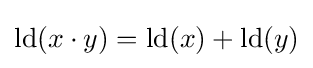
\operatorname {ld} (x\cdot y)=\operatorname {ld} (x)+\operatorname {ld} (y)